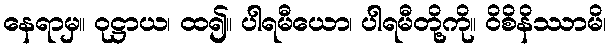
နေရာမှ။ ဝုဋ္ဌာယ၊ ထ၍။ ပါရမီယော၊ ပါရမီတို့ကို။ ဝိစိနိဿာမိ၊